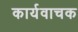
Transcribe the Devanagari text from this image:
कार्यवाचक